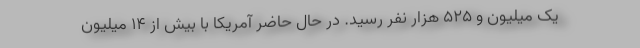
یک میلیون و ۵۲۵ هزار نفر رسید. در حال حاضر آمریکا با بیش از ۱۴ میلیون